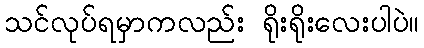
သင်လုပ်ရမှာကလည်း ရိုးရိုးလေးပါပဲ။